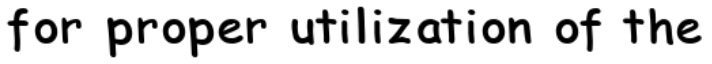
for proper utilization of the